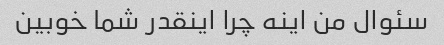
سئوال من اینه چرا اینقدر شما خوبین